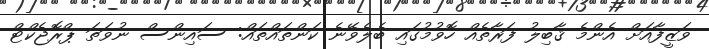
ވަޒީފާއަށް އެންމެ ޤާބިލު ފަރާތެއް ހޮވުމުގައި ބެލެވޭނެ ކަންތައްތައް: ސައިންސް ނުވަތަ ޕްރޮޖެކްޓް